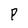
Character: p